Report of cholera committee
Disease focus: Cholera
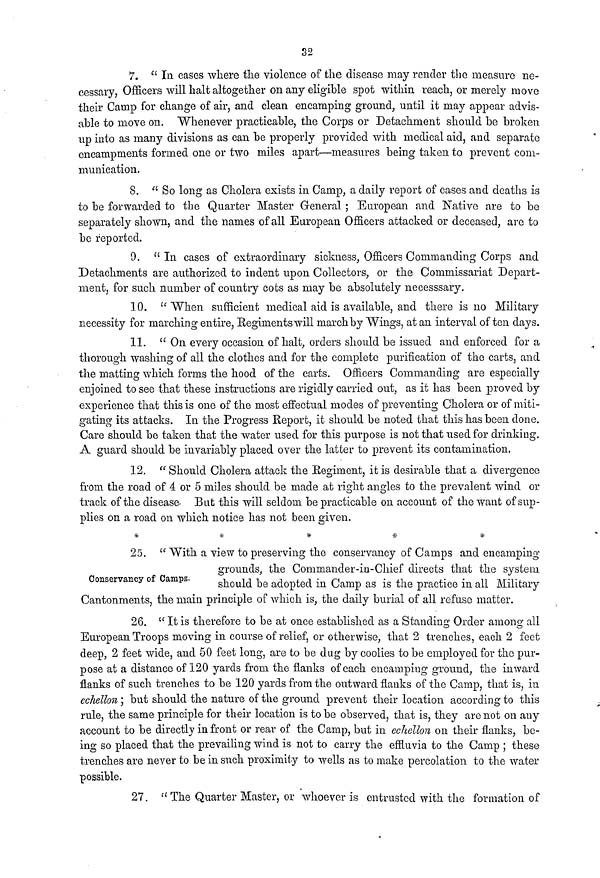
32
7. " In cases where the violence of the disease may render the measure ne-
cessary, Officers will halt altogether on any eligible spot within reach, or merely move
their Camp for change of air, and clean encamping ground, until it may appear advis-
able to move on. Whenever practicable, the Corps or Detachment should be broken
up into as many divisions as can be properly provided with medical aid, and separate
encampments formed one or two miles apart—measures being taken to prevent com-
munication.
8. " So long as Cholera exists in Camp, a daily report of cases and deaths is
to be forwarded to the Quarter Master General ; European and Native are to be
separately shown, and the names of all European Officers attacked or deceased, are to
be reported.
9. "In cases of extraordinary sickness, Officers Commanding Corps and
Detachments are authorized to indent upon Collectors, or the Commissariat Depart-
ment, for such number of country cots as may be absolutely necesssary.
10.
"When sufficient medical aid is available, and there is no Military
necessity for marching entire, Regiments will march by "Wings, at an interval often days.
11. " On every occasion of halt, orders should be issued and enforced for a
thorough washing of all the clothes and for the complete purification of the carts, and
the matting which forms the hood of the carts. Officers Commanding are especially
enjoined to see that these instructions are rigidly carried out, as it has been proved by
experience that this is one of the most effectual modes of preventing Cholera or of miti-
gating its attacks. In the Progress Report, it should be noted that this has been done.
Care should be taken that the water used for this purpose is not that used for drinking.
A guard should be invariably placed over the latter to prevent its contamination.
12. " Should Cholera attack the Regiment, it is desirable that a divergence
from the road of 4 or 5 miles should be made at right angles to the prevalent wind or
track of the disease. But this will seldom be practicable on account of the want of sup-
plies on a road on which notice has not been given.
*
*
*
*
*
25. " With a view to preserving the conservancy of Camps and encamping
grounds, the Commander-in-Chief directs that the system.
Conservancy of Camps. should be adopted in Camp as is the practice in all Military
Cantonments, the main principle of which is, the daily burial of all refuse matter.
26. " It is therefore to be at once established as a Standing Order among all
European Troops moving in course of relief, or otherwise, that 2 trenches, each 2 feet
deep, 2 feet wide, and 50 feet long, are to be dug by coolies to be employed for the pur-
pose at a distance of 120 yards from the flanks of each encamping ground, the inward
flanks of such trenches to be 120 yards from the outward flanks of the Camp, that is, in
echellon ; but should the nature of the ground prevent their location according to this
rule, the same principle for their location is to be observed, that is, they are not on any
account to be directly in front or rear of the Camp, but in echellon on their flanks, be-
ing so placed that the prevailing wind is not to carry the effluvia to the Camp ; these
trenches are never to be in such proximity to wells as to make percolation to the water
possible.
27. "The Quarter Master, or whoever is entrusted with the formation of